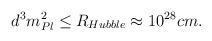
\begin{align*}d^3 m^2_{Pl} \leq R_{Hubble} \approx 10^{28} cm.\end{align*}